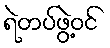
ရဲတပ်ဖွဲ့ဝင်